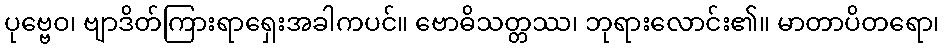
ပုဗ္ဗေဝ၊ ဗျာဒိတ်ကြားရာရှေးအခါကပင်။ ဗောဓိသတ္တဿ၊ ဘုရားလောင်း၏။ မာတာပိတရော၊